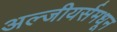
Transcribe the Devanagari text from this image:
अल्जीयर्समधून